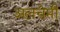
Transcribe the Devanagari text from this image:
अलचेमी